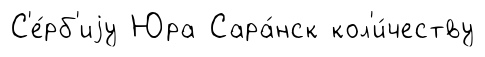
С'е́рб'иjу Юра Сара́нск кол'и́честву